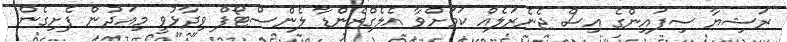
ރަޝިޔާ ސިފައިންގެ އިސް ޖެނެރަލެއް ކަމަށްވާ އެލެގްޒެންޑާ ލެންސްޓޯފް ވިދާޅުވީ މިއަދުން ފެށިގެން